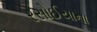
રસોઈયાના